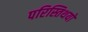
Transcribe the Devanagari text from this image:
परिस्तिथयों